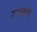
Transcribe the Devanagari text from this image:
गवतास